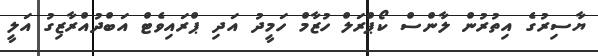
ޔާސިރުގެ އިތުރުން ލާންސް ކޯޕްރަލް ހުޒާމް ހަމީދު އަދި ޕްރައިވެޓް އަބްދުއްރާޒިގު އަލީ